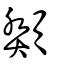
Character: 頮